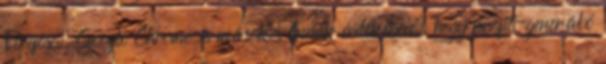
Firefox, Google Chrome és mások. Annak érdekében, hogy profit-generáló